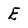
Character: E